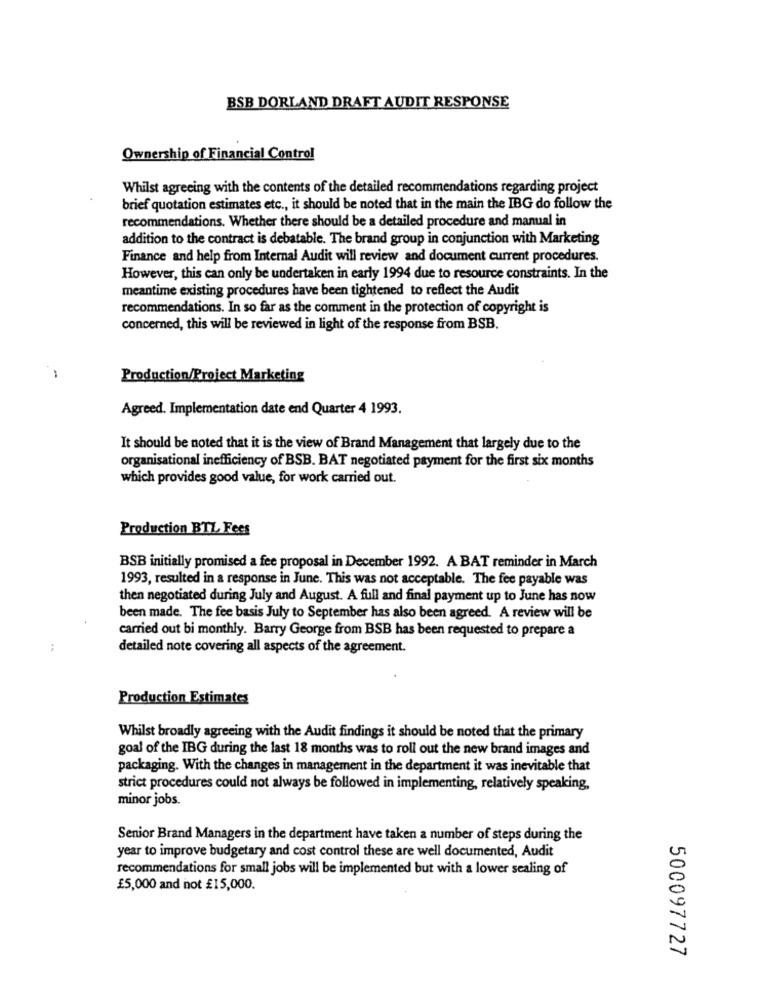
BSB DORLAND DRAFT AUDIT RESPONSE
Ownership of Financial Control
Whilst agreeing with the contents of the detailed recommendations regarding project
brief quotation estimates etc ., it should be noted that in the main the IBG do follow the
recommendations. Whether there should be a detailed procedure and manual in
addition to the contract is debatable. The brand group in conjunction with Marketing
Finance and help from Internal Audit will review and document current procedures.
However, this can only be undertaken in early 1994 due to resource constraints. In the
meantime existing procedures have been tightened to reflect the Audit
recommendations. In so far as the comment in the protection of copyright is
concerned, this will be reviewed in light of the response from BSB.
Production/Project Marketing
Agreed. Implementation date end Quarter 4 1993.
It should be noted that it is the view of Brand Management that largely due to the
organisational inefficiency of BSB. BAT negotiated payment for the first six months
which provides good value, for work carried out.
Production BTZ Fees
BSB initially promised a fee proposal in December 1992. A BAT reminder in March
1993, resulted in a response in June. This was not acceptable. The fee payable was
then negotiated during July and August. A full and final payment up to June has now
been made. The fee basis July to September has also been agreed. A review will be
carried out bi monthly. Barry George from BSB has been requested to prepare a
detailed note covering all aspects of the agreement.
Production Estimates
Whilst broadly agreeing with the Audit findings it should be noted that the primary
goal of the IBG during the last 18 months was to roll out the new brand images and
packaging. With the changes in management in the department it was inevitable that
strict procedures could not always be followed in implementing, relatively speaking,
minor jobs.
Senior Brand Managers in the department have taken a number of steps during the
year to improve budgetary and cost control these are well documented, Audit
recommendations for small jobs will be implemented but with a lower sealing of
£5,000 and not £15,000.
500097727